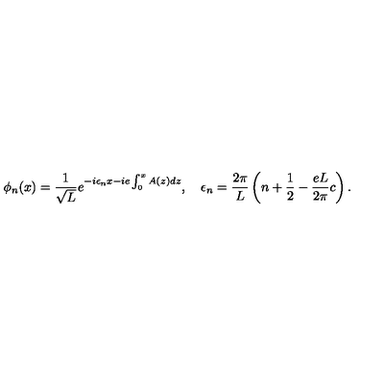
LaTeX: \phi _ { n } ( x ) = { \frac { 1 } { \sqrt L } } e ^ { - i \epsilon _ { n } x - i e \int _ { 0 } ^ { x } A ( z ) d z } , \quad \epsilon _ { n } = { \frac { 2 \pi } { L } } \left( n + { \frac { 1 } { 2 } } - { \frac { e L } { 2 \pi } } c \right) .